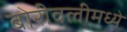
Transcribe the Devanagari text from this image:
बोरीवलीमध्ये